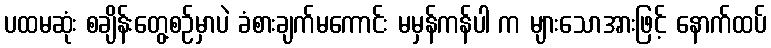
ပထမဆုံး စချိန်းတွေ့စဉ်မှာပဲ ခံစားချက်မကောင်း မမှန်ကန်ပါ က များသောအားဖြင့် နောက်ထပ်